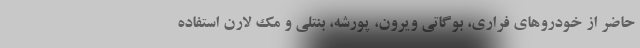
حاضر از خودرو‌های فراری، بوگاتی ویرون، پورشه، بنتلی و مک لارن استفاده